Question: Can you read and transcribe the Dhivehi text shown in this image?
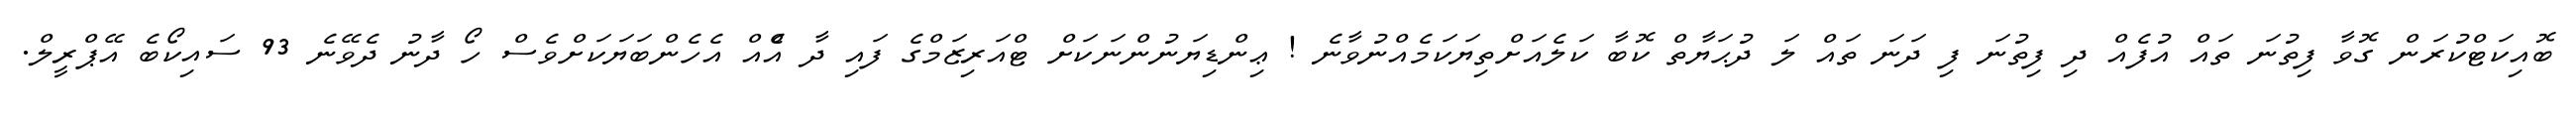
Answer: ބޮއިކަޓްކުރަން ގޮވާ ފިތުނަ ތައް އުފެއް ދި ފިތުނަ ފި ދަނަ ތައް ލަ ދުޙަޔާތް ކޮބާ ކަލެއަށްތިޔަކަމެއްނުވާނެ ! ޢިންޑިޔަނުންނަކަށް ޓްއަރިޒަމްގެ ފައި ދާ އެްއް އެހެންބަޔަކަށްވެސް ހޯ ދާނު ދެވޭނެ 93 ސައިކޯބެ އޭޕްރީލް.